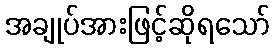
အချုပ်အားဖြင့်ဆိုရသော်